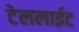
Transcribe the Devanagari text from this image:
टेललाईट